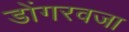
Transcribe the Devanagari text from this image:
डोंगरवजा